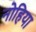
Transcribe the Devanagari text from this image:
नोहिया